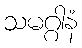
သမဂ္ဂါနံ